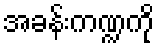
အခန်းကဏ္ဍကို